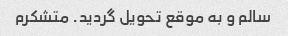
سالم و به موقع تحویل گردید. متشکرم